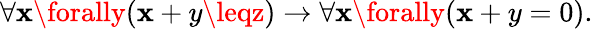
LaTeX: \forall\mathbf{x}\forally(\mathbf{x}+y\leqz)\to\forall\mathbf{x}\forally(\mathbf{x}+y=0).